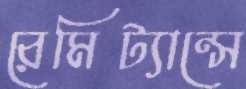
রেমিট্যান্সে